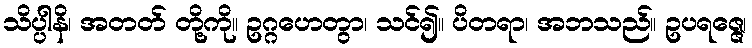
သိပ္ပါနိ၊ အတတ် တို့ကို။ ဥဂ္ဂဟေတွာ၊ သင်၍။ ပိတရာ၊ အဘသည်။ ဥပရဇ္ဇေ၊